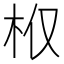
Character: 𣏘